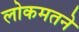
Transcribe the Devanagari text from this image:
लोकमतने